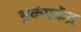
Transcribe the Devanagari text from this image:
भूकंपकेंद्र